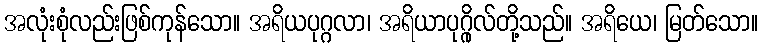
အလုံးစုံလည်းဖြစ်ကုန်သော။ အရိယပုဂ္ဂလာ၊ အရိယာပုဂ္ဂိုလ်တို့သည်။ အရိယေ၊ မြတ်သော။